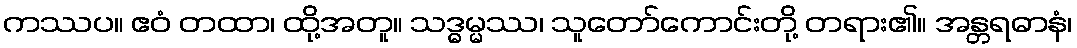
ကဿပ။ ဧဝံ တထာ၊ ထို့အတူ။ သဒ္ဓမ္မဿ၊ သူတော်ကောင်းတို့ တရား၏။ အန္တရဓာနံ၊